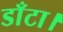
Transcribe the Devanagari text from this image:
डाँटा।